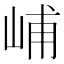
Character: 峬